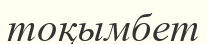
тоқымбет